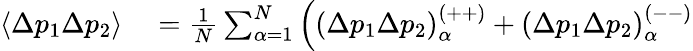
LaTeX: \begin{array}{rl}{\left\langle\Delta p_{1}\Delta p_{2}\right\rangle}&{{}=\frac{1}{N}\sum_{\alpha=1}^{N}\left(\left(\Delta p_{1}\Delta p_{2}\right)_{\alpha}^{\left(++\right)}+\left(\Delta p_{1}\Delta p_{2}\right)_{\alpha}^{\left(--\right)}\right.}\end{array}